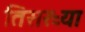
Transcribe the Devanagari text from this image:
तिसरऱ्या